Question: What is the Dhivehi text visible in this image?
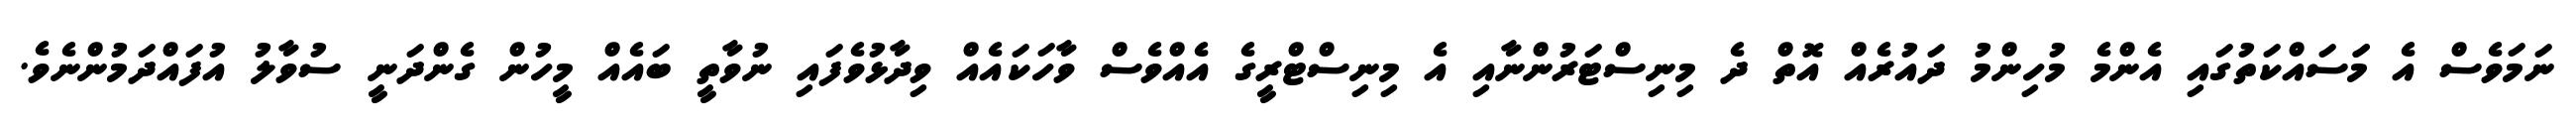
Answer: ނަމަވެސް އެ މަަސައްކަތުގައި އެންމެ މުހިންމު ދައުރެއް އޮތް ދެ މިނިސްޓަރުންނާއި އެ މިނިސްޓްރީގެ އެއްވެސް ވާހަކައެއް ވިދާޅުވެފައި ނުވާތީ ބައެއް މީހުން ގެންދަނީ ސުވާލު އުފައްދަމުންނެވެ.